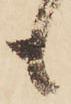
も